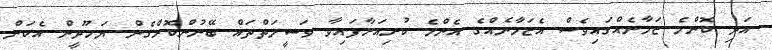
އަދި ކޮންމެ ޒަމާނެއްގައިވެސް އެޒަމާނެއްގެ އެންމެ ކުރިއަރާފައިވާ ވަސީލަތްތައް ބޭނުންކޮށްގެން ޔަހޫދީން އެކަން